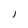
Character: j